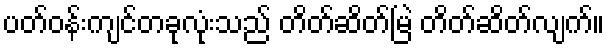
ပတ်ဝန်းကျင်တခုလုံးသည် တိတ်ဆိတ်မြဲ တိတ်ဆိတ်လျက်။